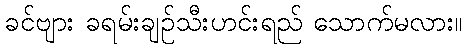
ခင်ဗျား ခရမ်းချဉ်သီးဟင်းရည် သောက်မလား။